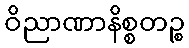
ဝိညာဏာနိစ္စတဉ္စ